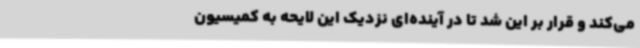
می‌کند و قرار بر این شد تا در آینده‌ای نزدیک این لایحه به کمیسیون